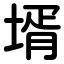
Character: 壻